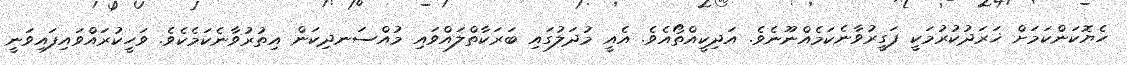
ހެޔޮކަންކަމަށް ޚަރަދުކުރުމަކީ ފަގީރުވާނެކަމެއްނޫނެވެ. އަދިކީއްތޯއެވެ. އެއީ މުދަލުގައި ބަރަކާތްލައްވައި މުއްސަނދިކަން އިތުރުވާނެކަމެކެވެ. ވަހީކުރައްވައިފައިވަނީ